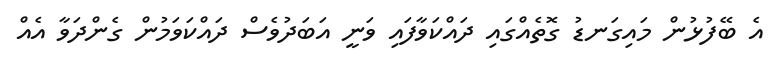
އެ ބޭފުޅުން މައިގަނޑު ގޮތެއްގައި ދައްކަވާފައި ވަނީ އަބަދުވެސް ދައްކަވަމުން ގެންދަވާ އެއްް